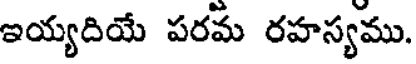
ఇయ్యదియే పరమ రహస్యము.